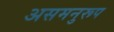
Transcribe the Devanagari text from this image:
असमनुरूप